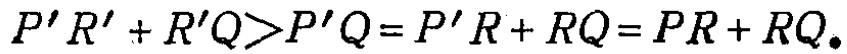
\(P'R'+R'Q > P'Q=P'R + RQ=PR + RQ。\)